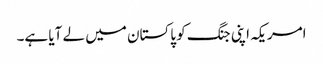
امریکہ اپنی جنگ کو پاکستان میں لے آیا ہے۔